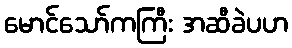
မောင်သော်ကကြီး အဆီခဲပဟ